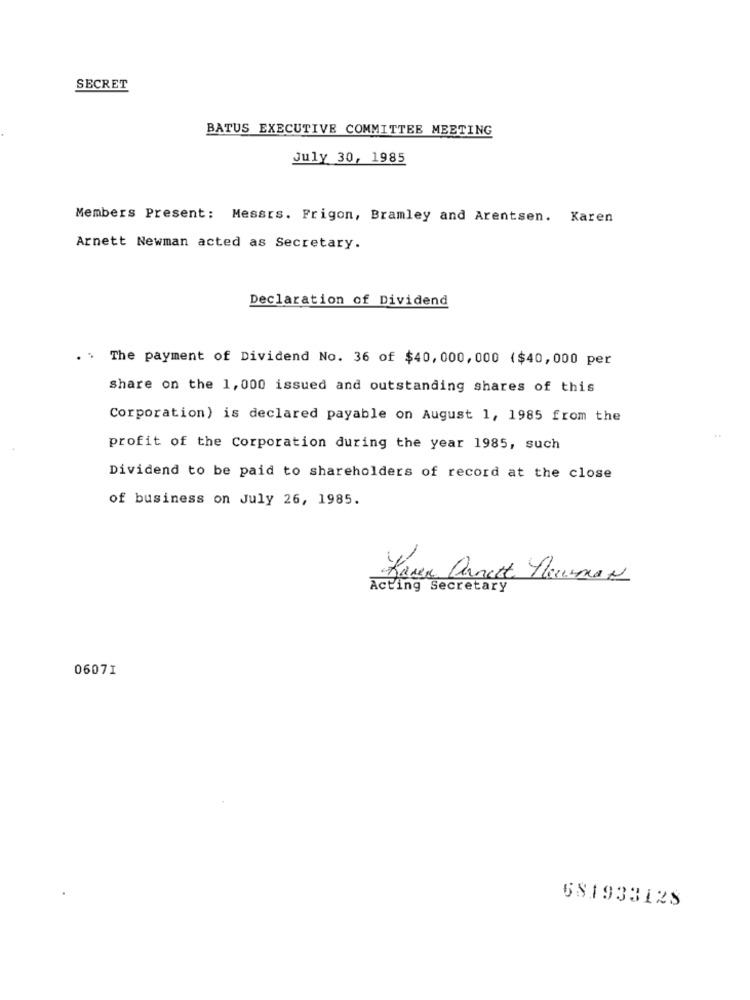
SECRET
BATUS EXECUTIVE COMMITTEE MEETING
July 30, 1985
Members Present: Messrs. Frigon, Bramley and Arentsen. Karen
Arnett Newman acted as Secretary.
Declaration of Dividend
. The payment of Dividend No. 36 of $40, 000, 000 ($40,000 per
share on the 1, 000 issued and outstanding shares of this
Corporation) is declared payable on August 1, 1985 from the
profit of the Corporation during the year 1985, such
Dividend to be paid to shareholders of record at the close
of business on July 26, 1985.
Raven arnett Meusman
Acting Secretary
06071
581933128